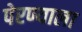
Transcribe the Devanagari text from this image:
पेरण्याला